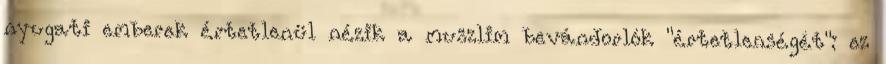
nyugati emberek értetlenül nézik a muszlim bevándorlók "értetlenségét": ez